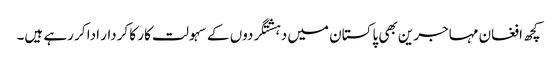
کچھ افغان مہاجرین بھی پاکستان میں دہشتگردوں کے سہولت کار کا کردار ادا کر رہے ہیں۔